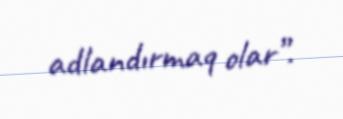
adlandırmaq olar”.